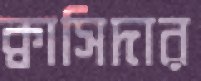
ক্বাসিদার